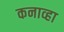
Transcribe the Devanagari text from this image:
कनाव्हा